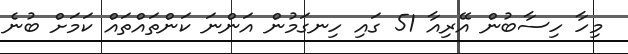
މިހާ ހިސާބުން އޭރިއާ 51 ގައި ހިނގަމުން އަންނަ ކަންތައްތައް ކަމަށް ބުނެ